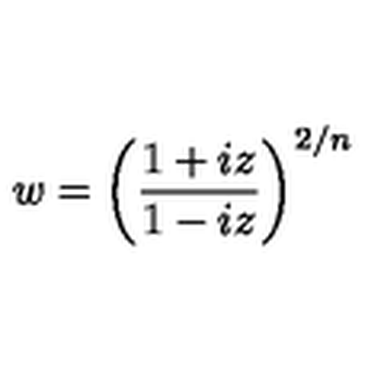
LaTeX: w = \left( \frac { 1 + i z } { 1 - i z } \right) ^ { 2 / n }